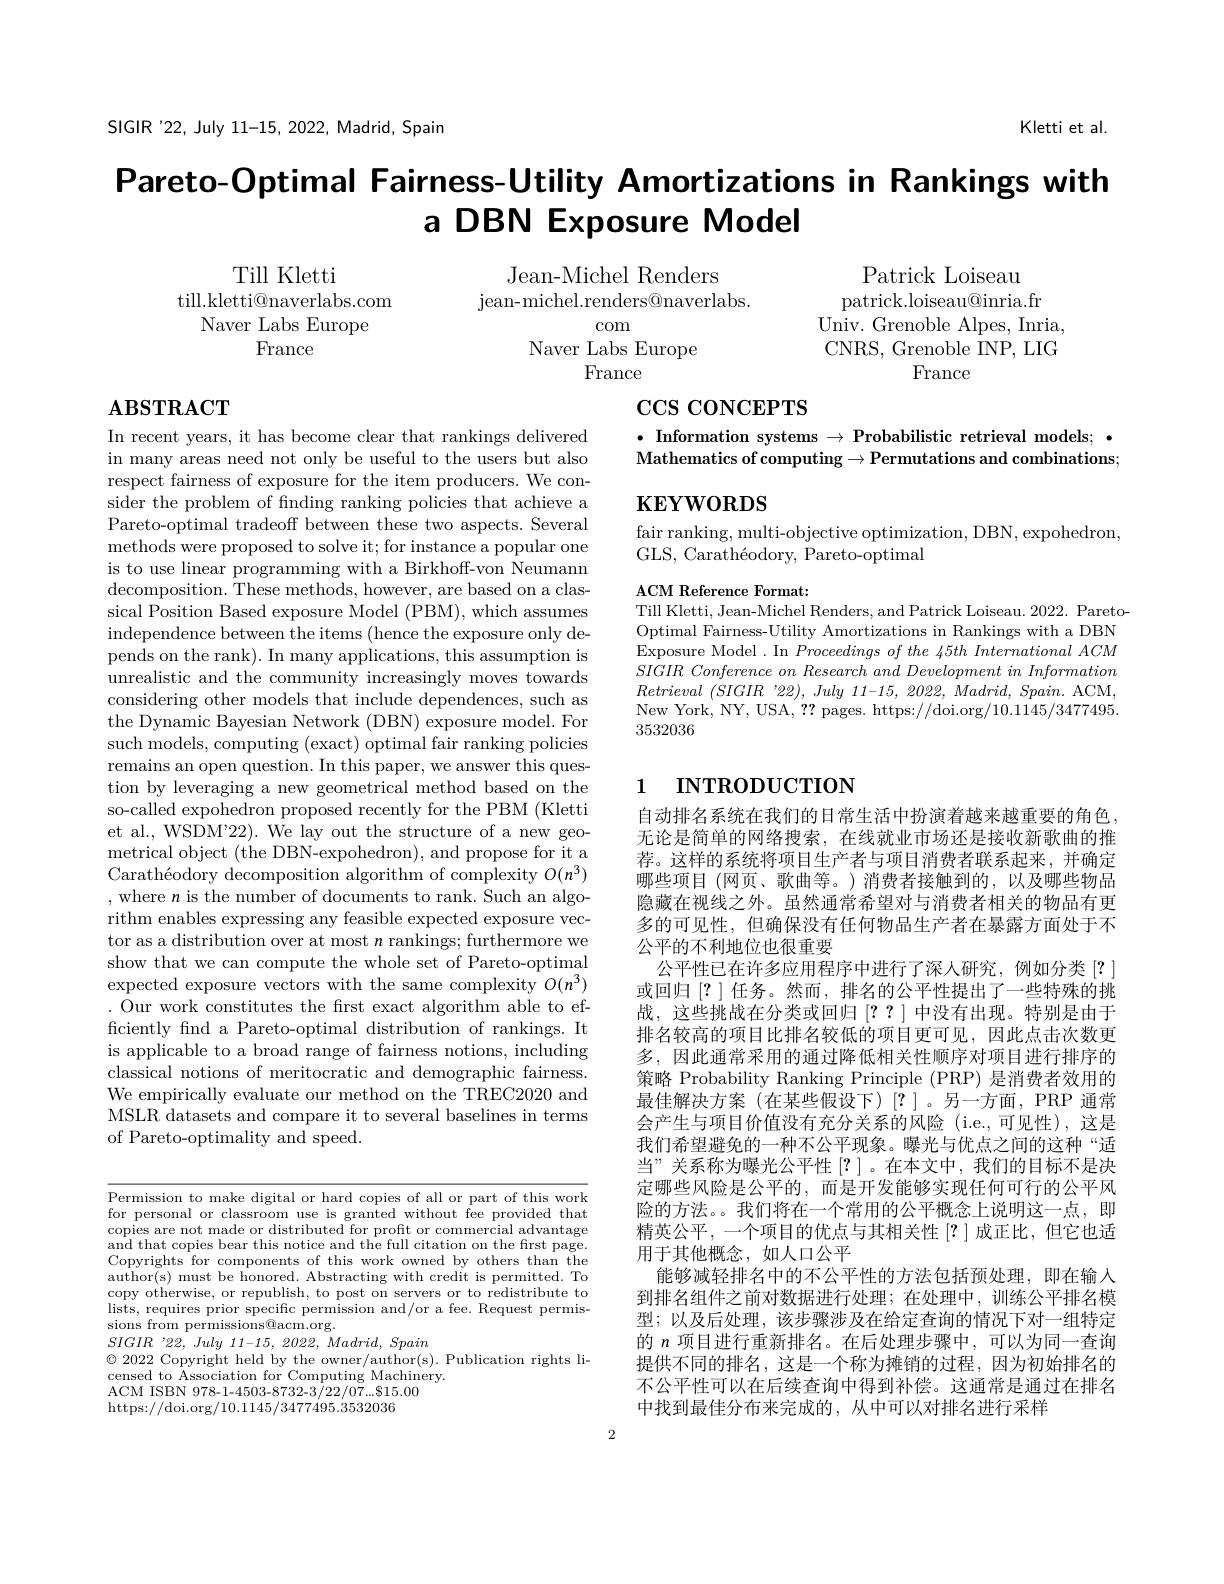
SIGIR'22, July 11-15, 2022,

Kletti et al.

# Pareto-Optimal Fairness-Utility Amortizations in Rankings with a DBN Exposure Model

Jean-Michel Renders
jean- michel. renders@ naverl

Till Kletti
till.kletti@naverlabs.com
Naver Labs Europe
France

com
Naver Labs Europe
France

Patrick Loiseau
patrick.loiseau@inria.fr
Univ. Grenoble Alpes, Inria, CNRS, Grenoble INP, LIG
France

# $\mathbf{ABSTRACT}$

# $\operatorname{ccs}$ coNCEPTS

$\bullet$ Information systems $\to \textbf{P}$ Mathematics of computing$\to \textbf{Permutations and combinations; }$

$\mathbf{KEYWORDS}$

fair ranking, multi-objective optimization, DBN, expohedron,
GLS, Carathéodory, Pareto-op

ACM Reference Format:
Till Kletti, Jean-Michel Ren Optimal Fairness-Utility Amo Exposure Model . In Proceed $SIGIR\textit{ Conference on Resea}$ $Retrieval~(SIGIR~'22),~July$ New York, NY, USA, ?? pages. https://doi.org/10.1145/3477495. 3532036

# 1 INTRODUCTION

In recent years, it has beco in many areas need not only respect fairness of exposure for the item producers. We con- $\hat{\text{sider the problem of finding ranking policies that achieve a}}$ Pareto-optimal tradeoff betw methods were proposed to solve it; for instance a popular one is to use linear programming with a Birkhoff-von Neumann decomposition. These methods, however, are based on a classical Position Based exposur independence between the items (hence the exposure only depends on the rank). In many applications, this assumption is unrealistic and the community increasingly moves towards considering other models that include dependences, such as the Dynamic Bayesian Network such models, computing (exac remains an open question. In tion by leveraging a new geometrical method based on the so-called expohedron proposed recently for the PBM (Kletti et al. WSDM'22). We lay out the structure of a new geometrical object (the DBN-expohedron), and propose for it a Carathéodory decomposition algorithm of complexity $O(n^3)$ , where $n$ is the number of rithm enables expressing any feasible expected exposure vector as a distribution over at most $n$ rankings; furthermore we show that we can compute the whole set of Pareto-optimal expected exposure vectors with the same complexity $O(n^3)$ . Our work constitutes the frst exact algorithm able to efficiently fnd a Pareto-optim is applicable to a broad ran classical notions of meritoc We empirically evaluate our MSLR datasets and compare it to several baselines in terms of Pareto-optimality and spe

自动排名系统在我们的日常生活中扮演着越来越重要的角色无论是简单的网络搜索，在线就业市场还是接收新歌曲的推荐。这样的系统将项目生产者与项目消费者联系起来，并确定哪些项目(网页、歌曲等。)消费者接触到的，以及哪些物品隐藏在视线之外。虽然通常希望对与消费者相关的物品有更多的可见性，但确保没有任何物品生产者在暴露方面处于不公平的不利地位也很重要
公平性已在许多应用程序中进行了深人研究，例如分类[?] 或回归[?]任务。然而，排名的公平性提出了一些战，这些挑战在分类或回归[??]中没有出现。特别排名较高的项目比排名较低的项目更可见，因此点击次数更多，因此通常采用的通过降低相关性顺序对项目进行排序的策略 Probability Ranking Princ 最佳解决方案(在某些假设下)[?]。另一方面，PRP通常会产生与项目价值没有充分关系的风险(i.e.,可见性), 我们希望避免的一种不公平现象。曝光与优点之间的这种“适当”关系称为曝光公平性[?]。在本文中，我们的目标不是决定哪些风险是公平的，而是开发能够实现任何可行的公平风险的方法。。我们将在一个常用的公平概念上说明这一点，即精英公平，一个项目的优点与其相关性[?]成正比，但它也适用于其他概念，如人口公平
能够减轻排名中的不公平性的方法包括预处理，即在输入到排名组件之前对数据进行处理；在处理中，训练公平排名模型；以及后处理，该步骤涉及在给定查询的情况下对一组特定的$n$项目进行重新排名。在后处理步骤中，可以为同一提供不同的排名，这是一个称为摊销的过程，因为初始排名的不公平性可以在后续查询中得到补偿。这通常是通过在排名中找到最佳分布来完成的，从中可以对排名进行采样

$\overline{\text{Permission to make digital or hard copies of all or part of this work}}$ for personal or classroom us copies are not made or distr and that copies bear this no Copyrights for components of author(s) must be honored. A copy otherwise, or republish lists, requires prior specific permission and/or a fee. Request permissions from permissions@acm.o
$SIGIR$ '22, July 11-15, 202
$\odot2022$ Copyright held by th
censed to Association for Computing Machinery.
ACM ISBN 978-1-4503-8732-3/2
https://doi.org/10.1145/3477495.3532036

2